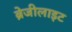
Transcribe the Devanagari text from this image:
ब्रेजीलाइट